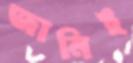
জানিই